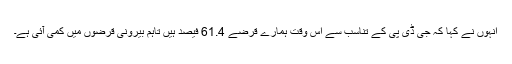
انہوں نے کہا کہ جی ڈی پی کے تناسب سے اس وقت ہمارے قرضے 61.4 فیصد ہیں تاہم بیرونی قرضوں میں کمی آئی ہے۔